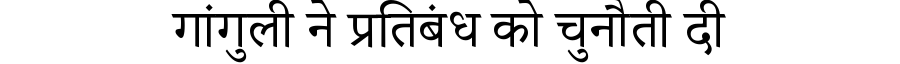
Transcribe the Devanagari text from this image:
गांगुली ने प्रतिबंध को चुनौती दी